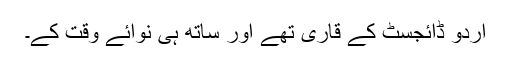
اُردو ڈائجسٹ کے قاری تھے اور ساتھ ہی نوائے وقت کے۔